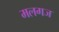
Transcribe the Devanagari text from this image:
मलगज